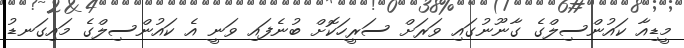
މީޑިއާ ކައުންސިލްގެ ގާނޫނުގައި ވަރަށް ސަރީހަކޮށް ބުނެފައި ވަނީ އެ ކައުންސިލްގެ މައިގަނޑު